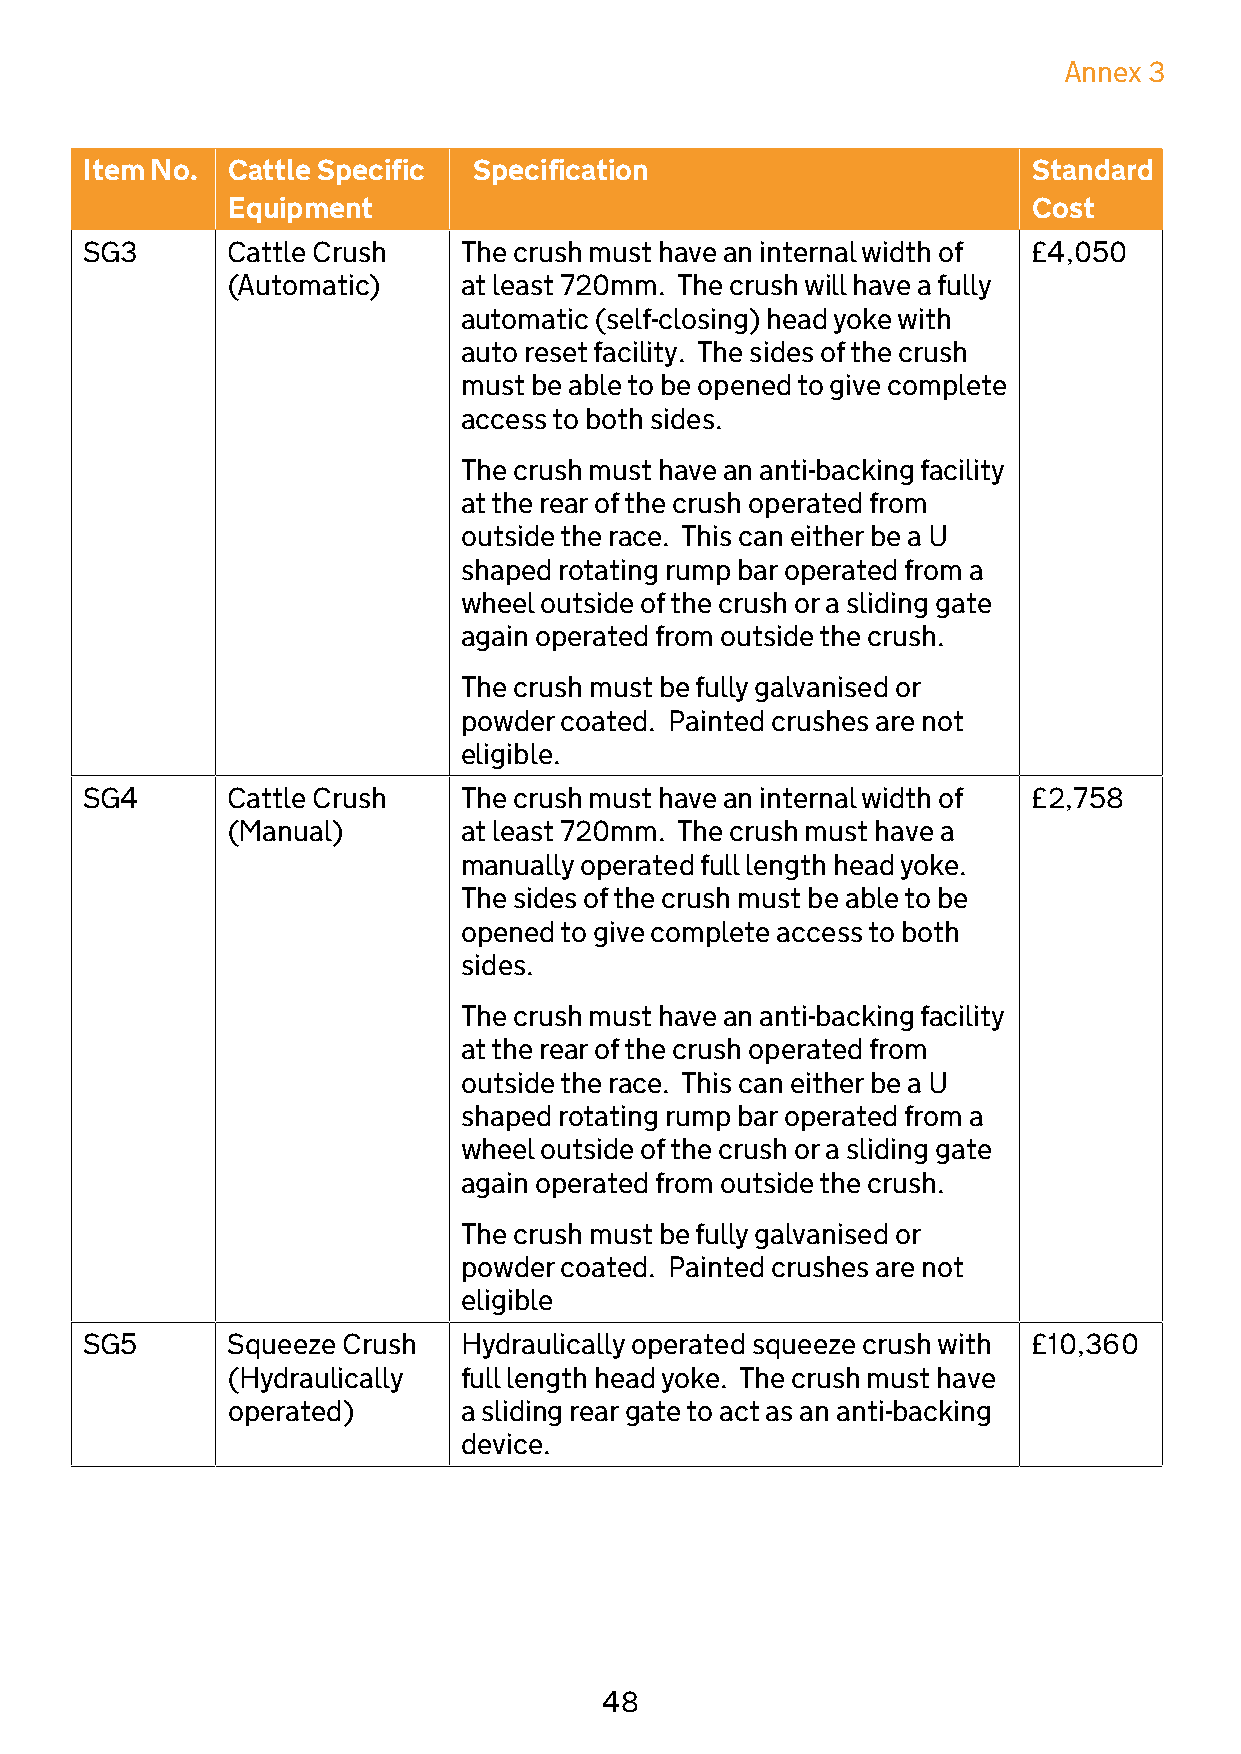
Annex 3
 Item No. Cattle Specific Specification                        Standard
 Equipment                                            Cost
 SG3       Cattle Crush   The crush must have an internal width of £4,050
 (Automatic)    at least 720mm. The crush will have a fully
 automatic (self-closing) head yoke with
 auto reset facility. The sides of the crush
 must be able to be opened to give complete
 access to both sides.
 The crush must have an anti-backing facility
 at the rear of the crush operated from
 outside the race. This can either be a U
 shaped rotating rump bar operated from a
 wheel outside of the crush or a sliding gate
 again operated from outside the crush.
 The crush must be fully galvanised or
 powder coated. Painted crushes are not
 eligible.
 SG4       Cattle Crush    The crush must have an internal width of £2,758
 (Manual)        at least 720mm. The crush must have a
 manually operated full length head yoke.
 The sides of the crush must be able to be
 opened to give complete access to both
 sides.
 The crush must have an anti-backing facility
 at the rear of the crush operated from
 outside the race. This can either be a U
 shaped rotating rump bar operated from a
 wheel outside of the crush or a sliding gate
 again operated from outside the crush.
 The crush must be fully galvanised or
 powder coated. Painted crushes are not
 eligible
 SG5       Squeeze Crush   Hydraulically operated squeeze crush with £10,360
 (Hydraulically  full length head yoke. The crush must have
 operated)       a sliding rear gate to act as an anti-backing
 device.
 48